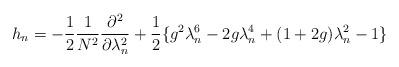
LaTeX: \begin{align*}h_{n} = - \frac{1}{2} \frac{1}{N^2} \frac{\partial^2}{\partial\lambda_n^2} +\frac{1}{2} \{ g^2 \lambda_n^6 - 2g\lambda_n^4 + ( 1 + 2g ) \lambda_n^2- 1 \}\end{align*}